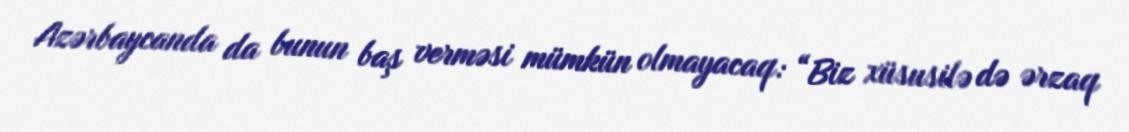
Azərbaycanda da bunun baş verməsi mümkün olmayacaq: “Biz xüsusilə də ərzaq